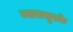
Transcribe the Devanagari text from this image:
ज्वारासुरके